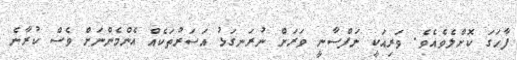
ފާހަގަ ކޮށްލެވެއެވެ. ވަރިއަކީ ނަފްސާނީ ވަރަށް ނުރަނގަޅު އަސަރުތަކެއް އެންމެންނަށް ވެސް ކުރާނެ